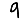
Digit: 9